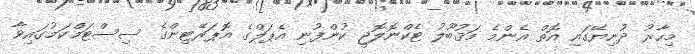
މިހާރު ދުނިޔޭގައި އޮތް އެންމެ މަޤުބޫލު ޓެކްނޮލޮޖީ ކުންފުނި އެޕަލްގެ އޮޕަރޭޓިންގެ ސިސްޓަމްކަމުގައިވާ